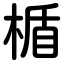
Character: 楯